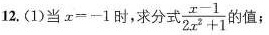
2.(1)当x=-1时，求分式$ $ \ f r a c { x - 1 } { 2 x ^ { 2 } + 1 } $ $ 的值；